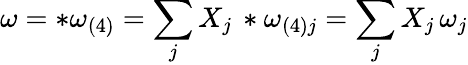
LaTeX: \omega=*\omega_{(4)}=\sum_{j}X_{j}\, *\omega_{(4)j}=\sum_{j}X_{j}\, \omega_{j}